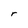
Character: r